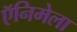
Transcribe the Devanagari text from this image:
ऍनिमेला